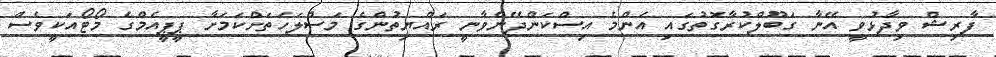
ފާރިޝް ވިދާޅުވީ އޭނާ ގަބޫލްކުރާގޮތުގައި އެންމެ އިސްކަންދޭންވާނީ ރައްޔިތުންގެ މަސްލަހަތަށްކަމަށާ ޕީޕީއެމްގެ މޯޓޯއަކީވެސް